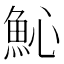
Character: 𩵽